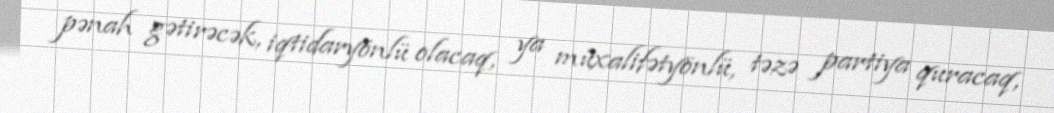
pənah gətirəcək, iqtidaryönlü olacaq, ya müxalifətyönlü, təzə partiya quracaq,